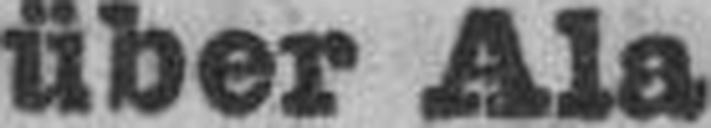
über Ala